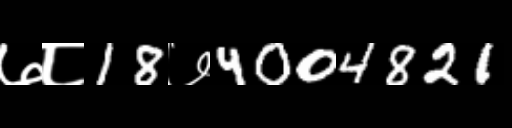
Text: ७८18७4004821